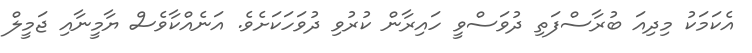
އެކަމަކު މިދިއަ ބުރާސްފަތި ދުވަސްވީ ހައިރާން ކުރުވި ދުވަހަކަށެވެ. އަނެއްކާވެސް ޔާމީނާއި ޖަމީލް